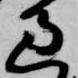
過